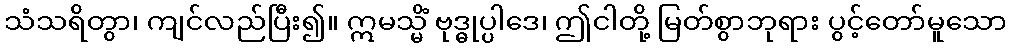
သံသရိတွာ၊ ကျင်လည်ပြီး၍။ ဣမသ္မိံ ဗုဒ္ဓုပ္ပါဒေ၊ ဤငါတို့ မြတ်စွာဘုရား ပွင့်တော်မူသော